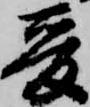
爰